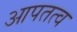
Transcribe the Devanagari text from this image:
आपतत्व